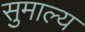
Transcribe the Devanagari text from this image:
सुमाल्य